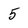
Character: 5